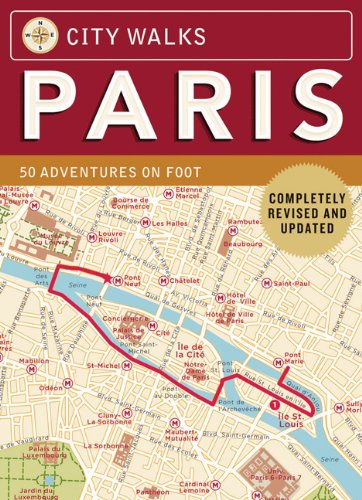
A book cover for City Walks: Paris, Revised Edition: 50 Adventures on Foot; Christina Henry de Tessan; Travel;